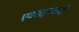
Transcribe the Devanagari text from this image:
एकात्मवादी